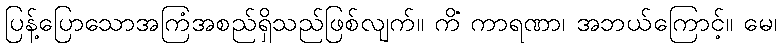
ပြန့်ပြောသောအကြံအစည်ရှိသည်ဖြစ်လျက်။ ကိံ ကာရဏာ၊ အဘယ်ကြောင့်။ မေ၊